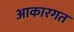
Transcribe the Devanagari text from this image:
आकारगत